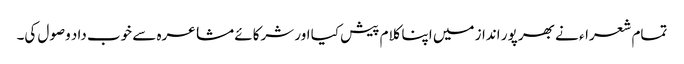
تمام شعراء نے بھر پور انداز میں اپنا کلام پیش کیا اور شرکائے مشاعرہ سے خوب داد وصول کی۔